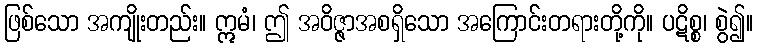
ဖြစ်သော အကျိုးတည်း။ ဣမံ၊ ဤ အဝိဇ္ဇာအစရှိသော အကြောင်းတရားတို့ကို။ ပဋိစ္စ၊ စွဲ၍။